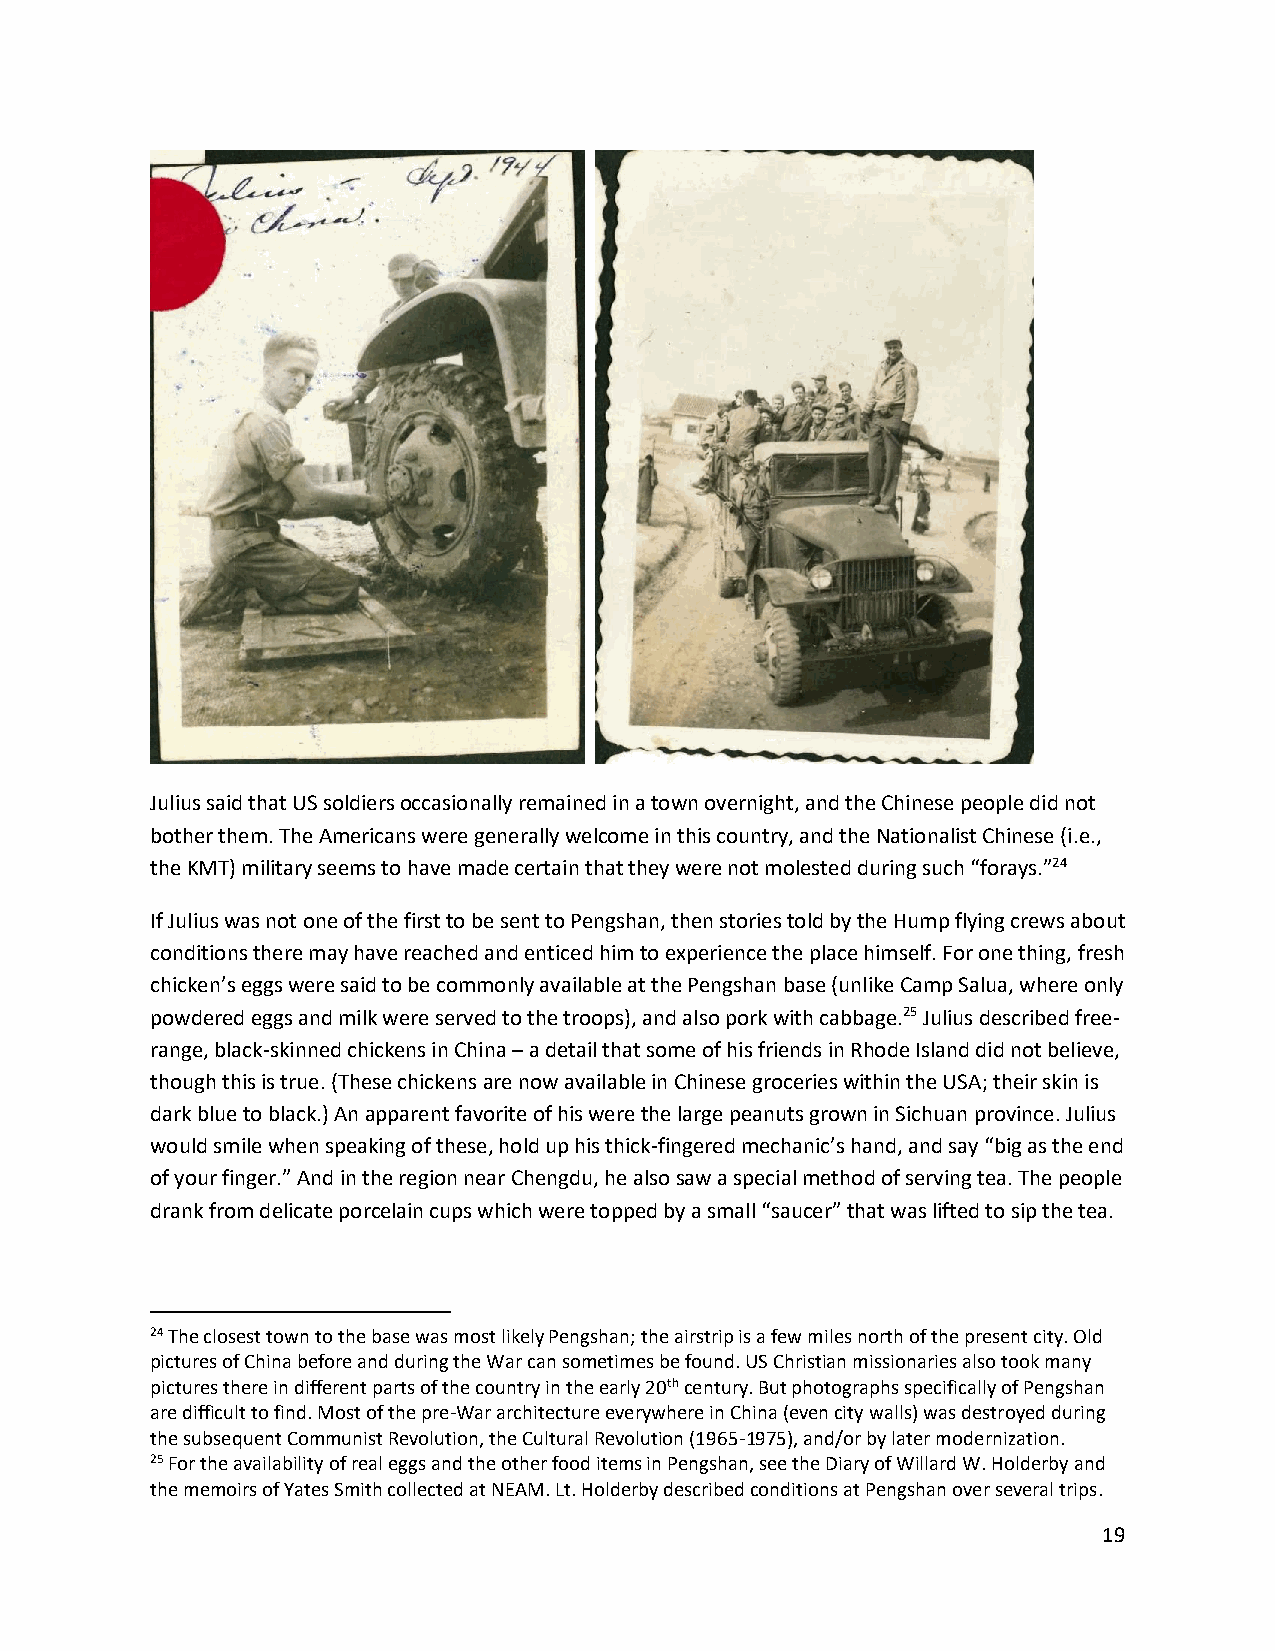
Julius said that US soldiers occasionally remained in a town overnight, and the Chinese people did not
 bother them. The Americans were generally welcome in this country, and the Nationalist Chinese (i.e.,
 the KMT) military seems to have made certain that they were not molested during such “forays.”24
 If Julius was not one of the first to be sent to Pengshan, then stories told by the Hump flying crews about
 conditions there may have reached and enticed him to experience the place himself. For one thing, fresh
 chicken’s eggs were said to be commonly available at the Pengshan base (unlike Camp Salua, where only
 powdered eggs and milk were served to the troops), and also pork with cabbage.25 Julius described free-
 range, black-skinned chickens in China – a detail that some of his friends in Rhode Island did not believe,
 though this is true. (These chickens are now available in Chinese groceries within the USA; their skin is
 dark blue to black.) An apparent favorite of his were the large peanuts grown in Sichuan province. Julius
 would smile when speaking of these, hold up his thick-fingered mechanic’s hand, and say “big as the end
 of your finger.” And in the region near Chengdu, he also saw a special method of serving tea. The people
 drank from delicate porcelain cups which were topped by a small “saucer” that was lifted to sip the tea.
 24 The closest town to the base was most likely Pengshan; the airstrip is a few miles north of the present city. Old
 pictures of China before and during the War can sometimes be found. US Christian missionaries also took many
 pictures there in different parts of the country in the early 20th century. But photographs specifically of Pengshan
 are difficult to find. Most of the pre-War architecture everywhere in China (even city walls) was destroyed during
 the subsequent Communist Revolution, the Cultural Revolution (1965-1975), and/or by later modernization.
 25 For the availability of real eggs and the other food items in Pengshan, see the Diary of Willard W. Holderby and
 the memoirs of Yates Smith collected at NEAM. Lt. Holderby described conditions at Pengshan over several trips.
 19